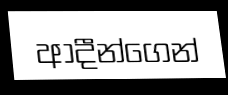
ආදීන්ගෙන්